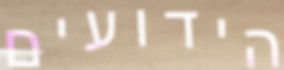
הידועים